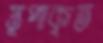
স্তূপাকৃত